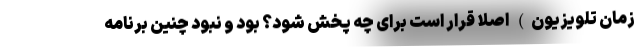
زمان تلویزیون) اصلا قرار است برای چه پخش شود؟ بود و نبود چنین برنامه